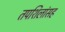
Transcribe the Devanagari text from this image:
तपशिलांसह